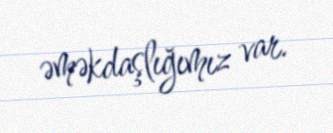
əməkdaşlığımız var.